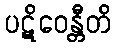
ပဋိဝေန္တီတိ